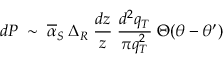
d P \; \sim \; \overline { { { \alpha } } } _ { S } \: \Delta _ { R } \; \frac { d z } { z } \; \frac { d ^ { 2 } q _ { T } } { \pi q _ { T } ^ { 2 } } \; \Theta ( \theta - \theta ^ { \prime } )